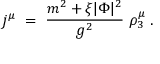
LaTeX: j ^ { \mu } \; = \; \frac { m ^ { 2 } + \xi | \Phi | ^ { 2 } } { g ^ { 2 } } \; \rho _ { 3 } ^ { \mu } \; .